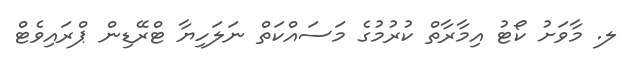
ލ. މާވަށު ކޯޓު އިމާރާތް ކުރުމުގެ މަސައްކަތް ނަލަހިޔާ ޓްރޭޑިން ޕްރައިވެޓް